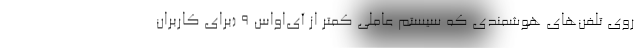
روی تلفن‌های هوشمندی که سیستم عاملی کمتر از آی‌او‌اس ۹ (برای کاربران